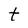
Character: t